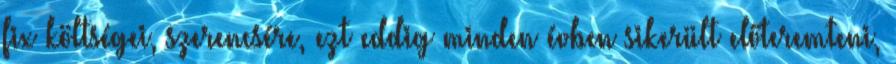
fix költségei, szerencsére, ezt eddig minden évben sikerült előteremteni,